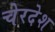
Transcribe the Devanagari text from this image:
चेरदेश